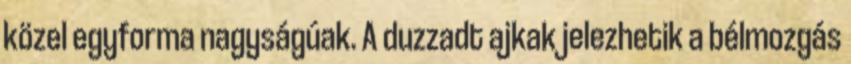
közel egyforma nagyságúak. A duzzadt ajkak jelezhetik a bélmozgás